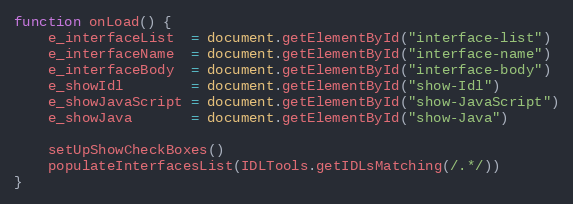
Language: JavaScript
function onLoad() {
    e_interfaceList  = document.getElementById("interface-list")
    e_interfaceName  = document.getElementById("interface-name")
    e_interfaceBody  = document.getElementById("interface-body")
    e_showIdl        = document.getElementById("show-Idl")
    e_showJavaScript = document.getElementById("show-JavaScript")
    e_showJava       = document.getElementById("show-Java")

    setUpShowCheckBoxes()
    populateInterfacesList(IDLTools.getIDLsMatching(/.*/))
}